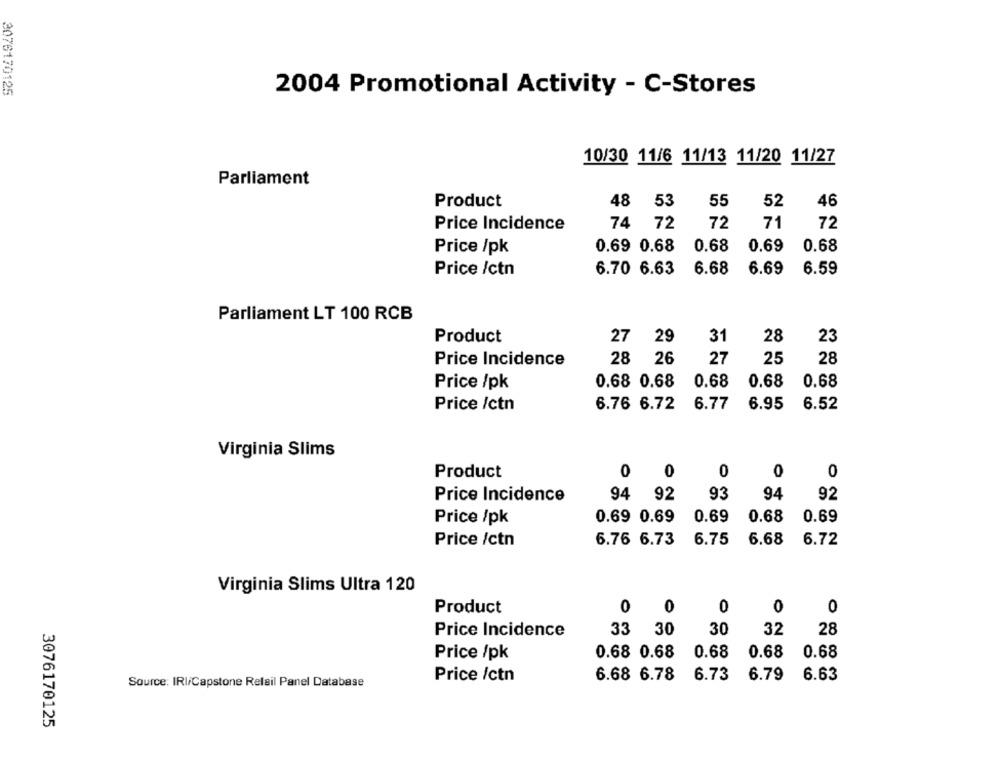
3076170125
2004 Promotional Activity - C-Stores
10/30 11/6 11/13 11/20 11/27
Parliament
Product
48 53
55
52
46
Price Incidence
74 72
72
71
72
Price /pk
0.69 0.68
0.68 0.69
0.68
Price /ctn
6.70 6.63
6.68
6.69 6.59
Parliament LT 100 RCB
Product
27 29
31
28
23
Price Incidence
28 26
27
25
28
Price /pk
0.68 0.68
0.68
0.68
0.68
Price /ctn
6.76 6.72
6.77
6.95
6.52
Virginia Slims
0
Product
0 0
0
0
93
94
Price Incidence
94 92
92
0.69
Price /pk
0.69 0.69
0.69 0.68
Price /ctn
6.76 6.73
6.75 6.68 6.72
Virginia Slims Ultra 120
Product
0
0
0
0
0
33 30
30
32
28
Price Incidence
0.68 0.68
0.68
0.68
0.68
Price /pk
Price /ctn
6.68 6.78
6.73 6.79
6.63
Source: IRI/Capstone Relail Panel Database
3076170125